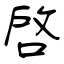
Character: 啓